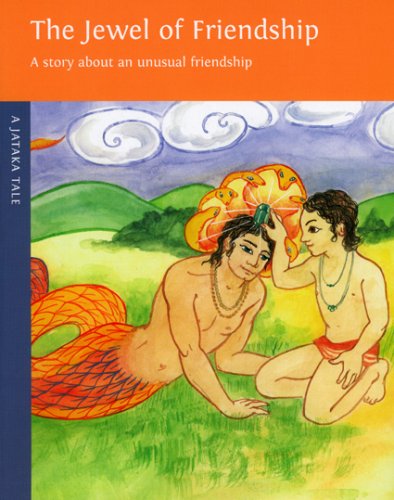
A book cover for Jewel of Friendship (A Jataka Tale); Magdalena Duran; Children's Books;